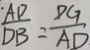
\frac { A D } { D B } = \frac { D G } { A D }